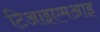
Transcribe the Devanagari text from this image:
टिआइएमआइ